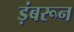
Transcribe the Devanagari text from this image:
ड़ंबरून